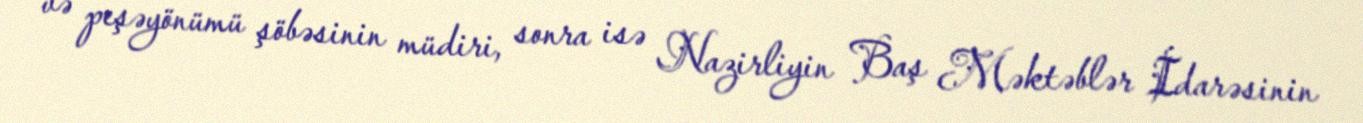
və peşəyönümü şöbəsinin müdiri, sonra isə Nazirliyin Baş Məktəblər İdarəsinin